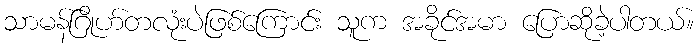
သာမန်ဂြိုဟ်တလုံးပဲဖြစ်ကြောင်း သူက အခိုင်အမာ ပြောဆိုခဲ့ပါတယ်။